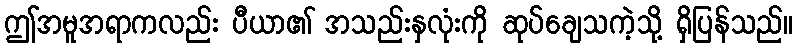
ဤအမူအရာကလည်း ပီယာ၏ အသည်းနှလုံးကို ဆုပ်ချေသကဲ့သို့ ရှိပြန်သည်။